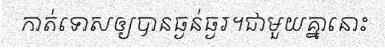
កាត់ទោសឲ្យបានធ្ងន់ធ្ងរ។ជាមួយគ្នានោះ